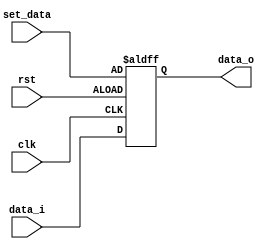
module dff_set#(
    parameter DW = 32
)
(
    input clk,
    input rst,
    input [DW-1:0] set_data,
    input [DW-1:0] data_i,
    output reg [DW-1 :0] data_o
);

    always@(posedge clk or negedge rst)begin
        if(!rst)
            data_o <= set_data;
        else
            data_o <= data_i;
    end
endmodule